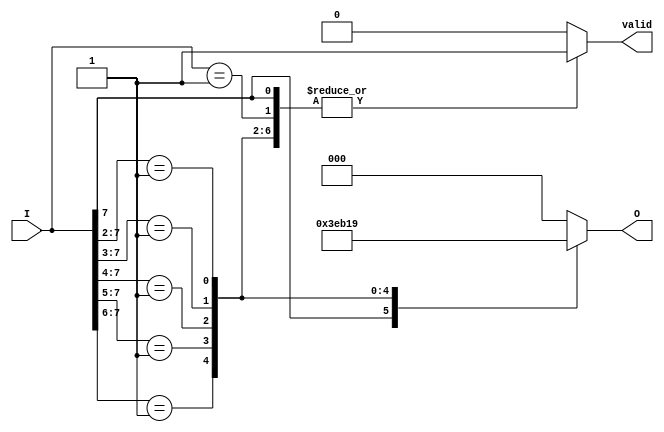
module priority_encoder #(parameter n = 8) (
    input wire [n-1:0] I,     // Input signals
    output reg [m-1:0] O,     // Encoded output
    output reg valid           // Valid output signal
);

// Calculate number of bits needed for output
localparam m = $clog2(n);

always @(*) begin
    // Default values
    O = {m{1'b0}};  // Default output to 0
    valid = 1'b0;   // Default valid signal to low

    // Priority encoding logic
    casez (I)
        // Check for each input from highest priority to lowest
        n'b1??????? : begin O = n-1; valid = 1'b1; end
        n'b01?????? : begin O = n-2; valid = 1'b1; end
        n'b001????? : begin O = n-3; valid = 1'b1; end
        n'b0001???? : begin O = n-4; valid = 1'b1; end
        n'b00001??? : begin O = n-5; valid = 1'b1; end
        n'b000001???: begin O = n-6; valid = 1'b1; end
        n'b0000001??: begin O = n-7; valid = 1'b1; end
        n'b00000001: begin O = n-8; valid = 1'b1; end
        default: begin O = {m{1'b0}}; valid = 1'b0; end // No inputs active
    endcase
end

endmodule